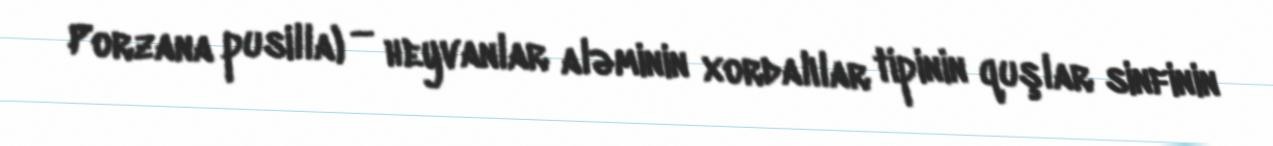
Porzana pusilla) — heyvanlar aləminin xordalılar tipinin quşlar sinfinin